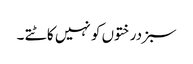
سبزدرختوں کو نہیں کاٹتے ۔